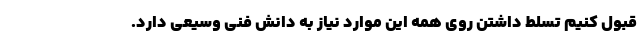
قبول کنیم تسلط داشتن روی همه این موارد نیاز به دانش فنی وسیعی دارد.